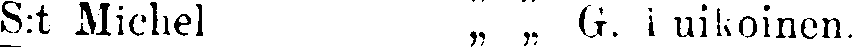
S:t Michel „ „ G. l uikoinen